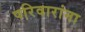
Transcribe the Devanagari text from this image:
परिवारांना